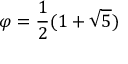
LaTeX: \varphi = { \frac { 1 } { 2 } } ( 1 + { \sqrt { 5 } } )